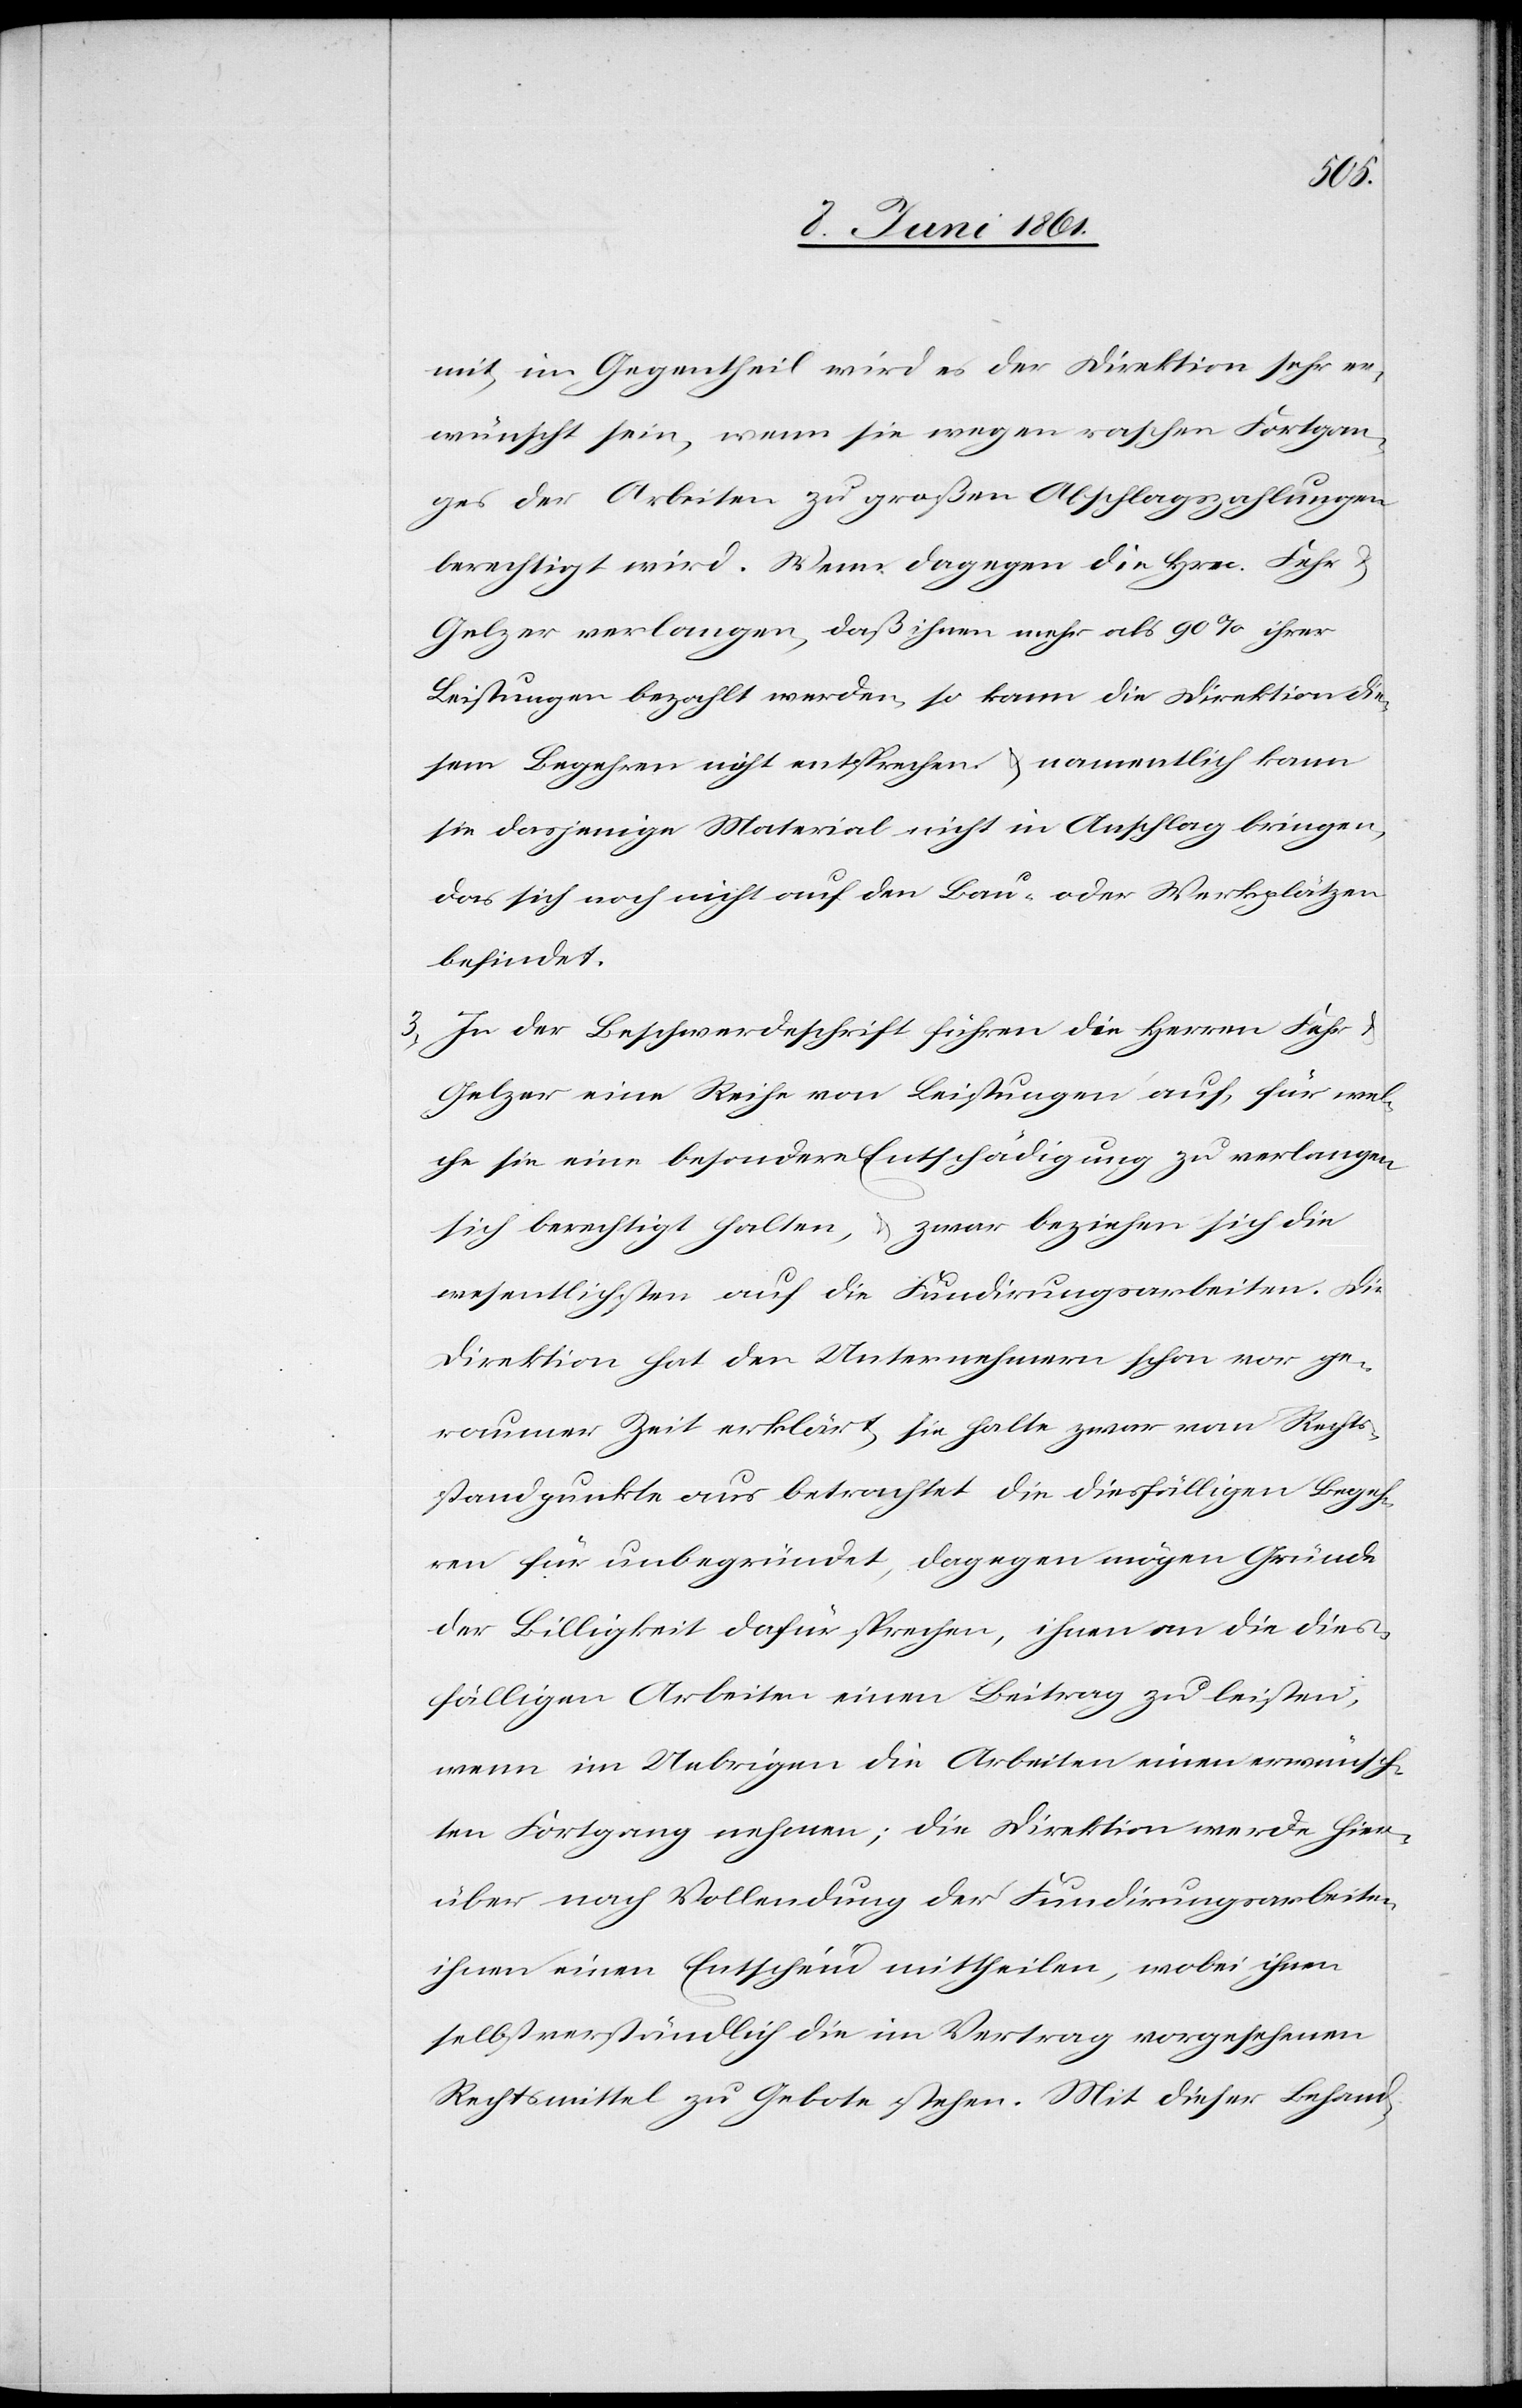
mit, im Gegentheil wird es der Direktion sehr er¬
wünscht sein, wenn sie wegen raschen Fortgan¬
ges der Arbeiten zu großen Abschlagszahlungen
berechtigt wird. Wenn dagegen die Hrn. Fehr
Gelzer verlangen, daß ihnen mehr als 90% ihrer
Leistungen bezahlt werden, so kann die Direktion die¬
sem Begehren nicht entsprechen u. namentlich kann
sie dasjenige Material nicht in Anschlag bringen,
das sich noch nicht auf den Bau- oder Werkplätzen
befindet.
3) In der Beschwerdeschrift führen die Herren Fehr
Gelzer eine Reihe von Leistungen auf, für wel¬
che sie eine besondere Entschädigung zu verlangen
sich berechtigt halten, u. zwar beziehen sich die
wesentlichsten auf die Fundirungsarbeiten. Die
Direktion hat den Unternehmern schon vor ge¬
raumer Zeit erklärt, sie halte zwar vom Rechts¬
standpunkte aus betrachtet die diesfälligen Begeh¬
ren für unbegründet, dagegen mögen Gründe
der Billigkeit dafür sprechen, ihnen an die dies¬
fälligen Arbeiten einen Beitrag zu leisten,
wenn im Uebrigen die Arbeiten einen erwünsch¬
ten Fortgang nehmen; die Direktion werde hier¬
über nach Vollendung der Fundirungsarbeiten
ihnen einen Entscheid mittheilen, wobei ihnen
selbstverständlich die im Vertrag vorgesehenen
Rechtsmittel zu Gebote stehen. Mit dieser Behand-